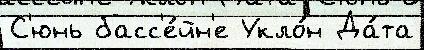
С'юнь басс'е́йн'е Укло́н Да́та